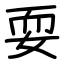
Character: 耍